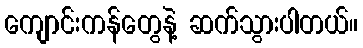
ကျောင်းကန်တွေနဲ့ ဆက်သွားပါတယ်။